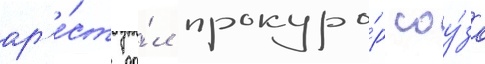
ар'е́ст да́л прокуро́р соу́за